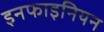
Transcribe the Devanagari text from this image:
इनफाइनियन